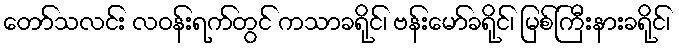
တော်သလင်း လဝန်းရက်တွင် ကသာခရိုင်၊ ဗန်းမော်ခရိုင်၊ မြစ်ကြီးနားခရိုင်၊